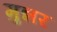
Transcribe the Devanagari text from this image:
मुन्नर